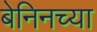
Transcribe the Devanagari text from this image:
बेनिनच्या